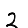
Digit: 2